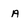
Character: A